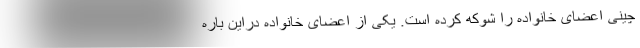
چینی اعضای خانواده را شوکه کرده است. یکی از اعضای خانواده دراین باره